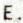
E.